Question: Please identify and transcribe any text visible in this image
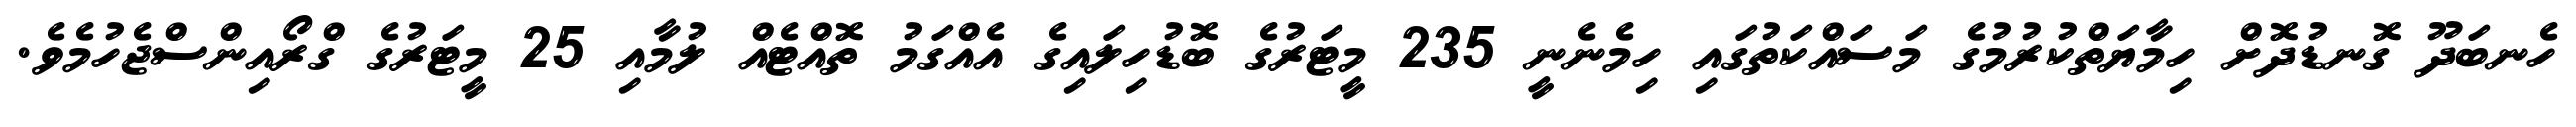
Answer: ހެނބަދޫ ގޮނޑުދޮށް ހިމާޔަތްކުރުމުގެ މަސައްކަތުގައި ހިމެނެނީ 235 މީޓަރުގެ ބޮޑުހިލައިގެ އެއްގަމު ތޮއްޓެއް ލުމާއި 25 މީޓަރުގެ ގްރޯއިންސްޖެހުމެވެ.